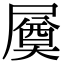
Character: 㞟